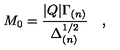
M _ { 0 } = \frac { | Q | \Gamma _ { ( n ) } } { \Delta _ { ( n ) } ^ { 1 / 2 } } \quad ,